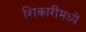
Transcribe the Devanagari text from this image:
शिकारींमध्ये